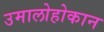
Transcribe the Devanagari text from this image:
उमालोहोकान